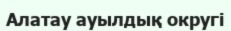
Алатау ауылдық округі